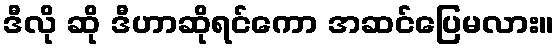
ဒီလို ဆို ဒီဟာဆိုရင်ကော အဆင်ပြေမလား။